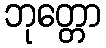
ဘုတ္တော